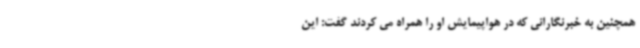
همچنین به خبرنگارانی که در هواپیمایش او را همراه می کردند گفت: این